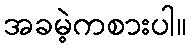
အခမဲ့ကစားပါ။